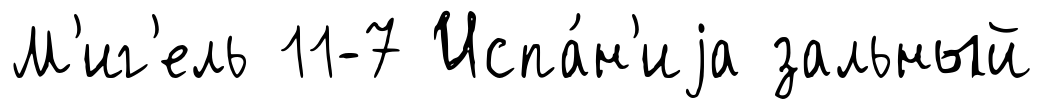
М'иг'ель 11-7 Испа́н'иjа зальный